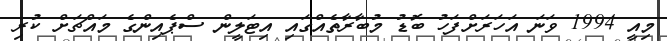
މިއީ 1994 ވަނަ އަހަރަށްފަހު ބޮޑު މުބާރާތެއްގައި އިޓަލީން ސްޕެއިންގެ މައްޗަށް ކުރި